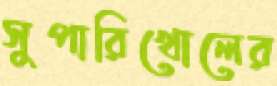
সুপারিখোলের